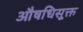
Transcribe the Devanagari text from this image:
औषधिसूक्त